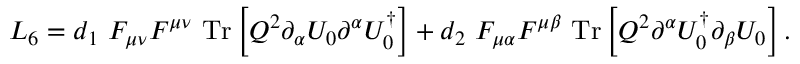
{ \cal L } _ { 6 } = d _ { 1 } ~ F _ { \mu \nu } F ^ { \mu \nu } ~ \mathrm { T r } \left[ Q ^ { 2 } \partial _ { \alpha } U _ { 0 } \partial ^ { \alpha } U _ { 0 } ^ { \dagger } \right] + d _ { 2 } ~ F _ { \mu \alpha } F ^ { \mu \beta } ~ \mathrm { T r } \left[ Q ^ { 2 } \partial ^ { \alpha } U _ { 0 } ^ { \dagger } \partial _ { \beta } U _ { 0 } \right] .